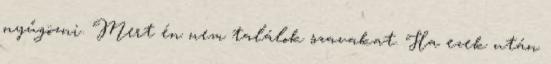
nyűgözni. Mert én nem találok szavakat. Ha ezek után